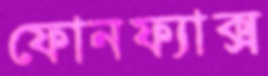
ফোনফ্যাক্স